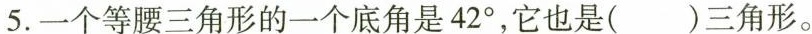
5.一个等腰三角形的一个底角是42°，它也是()三角形。